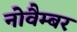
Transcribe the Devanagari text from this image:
नोवैम्बर